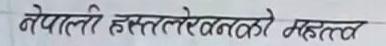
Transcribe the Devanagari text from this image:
नेपाली हस्तलेखनको महत्त्व